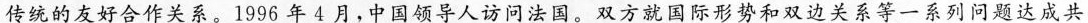
传统的友好合作关系。1996 年4月，中国领导人访问法国。双方就国际形势和双边关系等一系列问题达成共